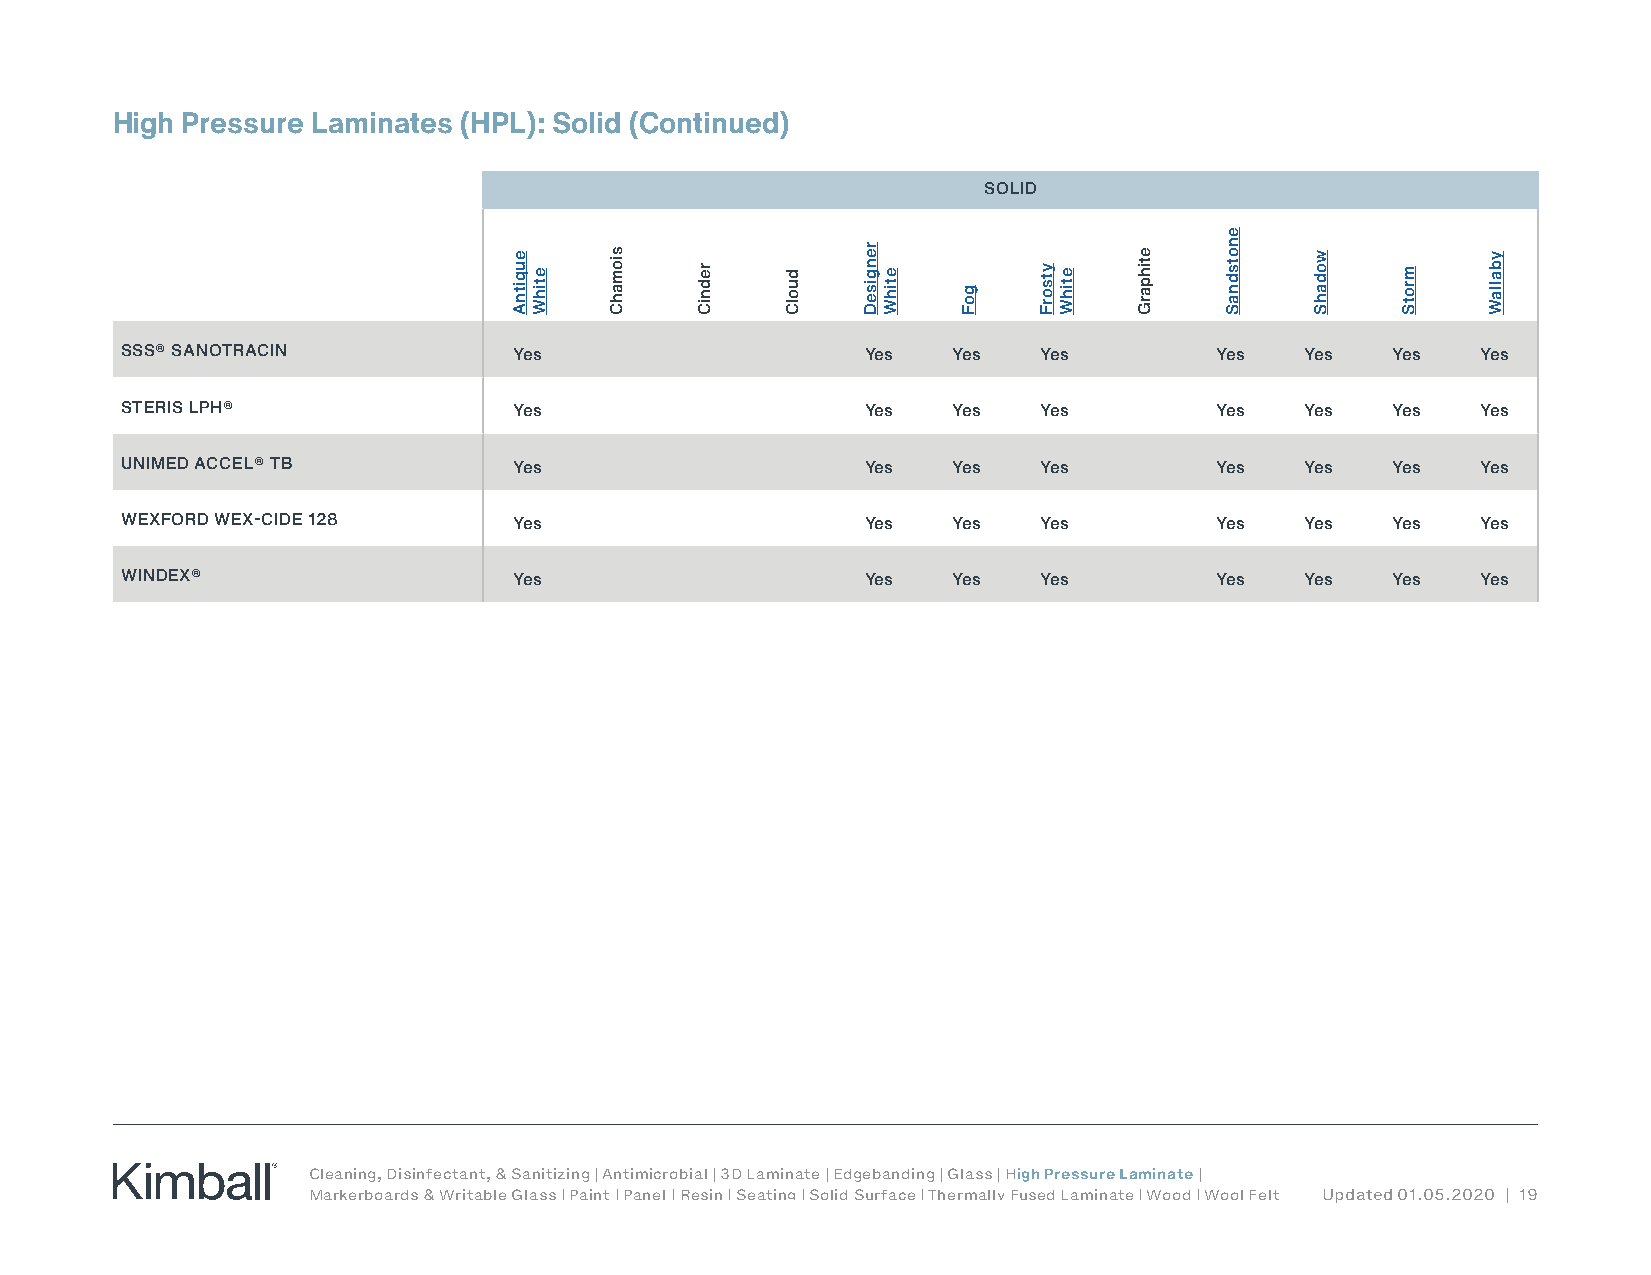
High Pressure Laminates (HPL): Solid (Continued)
 SOLID
 SSS® SANOTRACIN           Yes                    Yes   Yes   Yes        Yes   Yes   Yes   Yes
 STERIS LPH®               Yes                    Yes   Yes   Yes        Yes   Yes   Yes   Yes
 UNIMED ACCEL® TB          Yes                    Yes   Yes   Yes        Yes   Yes   Yes   Yes
 WEXFORD WEX-CIDE 128      Yes                    Yes   Yes   Yes        Yes   Yes   Yes   Yes
 WINDEX®                   Yes                    Yes   Yes   Yes        Yes   Yes   Yes   Yes
 Cleaning, Disinfectant, & Sanitizing | Antimicrobial | 3D Laminate | Edgebanding | Glass | High Pressure Laminate |
 Markerboards & Writable Glass | Paint | Panel | Resin | Seating | Solid Surface | Thermally Fused Laminate | Wood | Wool Felt Updated 01.05.2020 | 19
 euqitnA
 etihW
 siomahC
 redniC duolC
 rengiseD
 etihW
 goF
 ytsorF etihW
 etihparG
 enotsdnaS
 wodahS
 mrotS
 yballaW